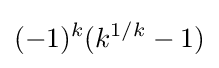
(-1)^{k}(k^{1/k}-1)